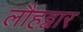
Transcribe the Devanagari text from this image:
लौहद्वार